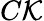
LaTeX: C\mathcal{K}